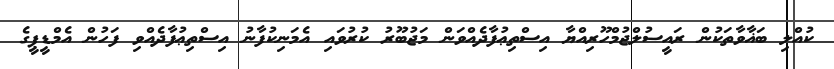
ކުއްލި ބަޣާވާތަކުން ރައީސުލްޖުމްހޫރިއްޔާ އިސްތިޢުފާދެއްވަން މަޖުބޫރު ކުރުވައި އެމަނިކުފާނު އިސްތިޢުފާދެއްވި ފަހުން އެމްޑީޕީގެ